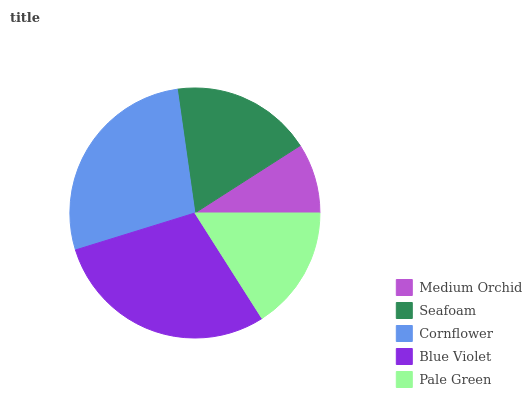
| Medium Orchid | Seafoam | Cornflower | Blue Violet | Pale Green |
 | --- | --- | --- | --- | --- |
 | 9.08% | 18.2% | 27.5% | 29.3% | 15.9% |